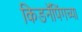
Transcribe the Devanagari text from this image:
किडनॅपिंगच्या